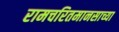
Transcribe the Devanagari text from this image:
रामचरितमानसाच्या